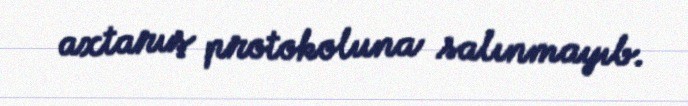
axtarış protokoluna salınmayıb.